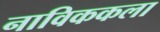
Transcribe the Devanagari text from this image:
नाविककला